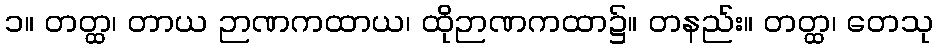
၁။ တတ္ထ၊ တာယ ဉာဏကထာယ၊ ထိုဉာဏကထာ၌။ တနည်း။ တတ္ထ၊ တေသု